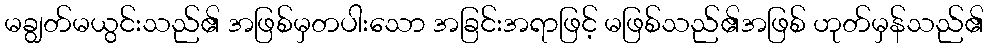
မချွတ်မယွင်းသည်၏ အဖြစ်မှတပါးသော အခြင်းအရာဖြင့် မဖြစ်သည်၏အဖြစ် ဟုတ်မှန်သည်၏